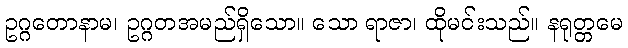
ဥဂ္ဂတောနာမ၊ ဥဂ္ဂတအမည်ရှိသော။ သော ရာဇာ၊ ထိုမင်းသည်။ နရုတ္တမေ